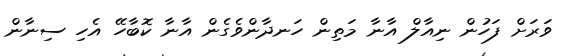
ވަރަށް ފަހުން ނިއާލް އާނާ މަތިން ހަނދާންވެގެން އާނާ ކޮބާހޭ އެހި ސިނާން